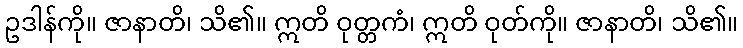
ဥဒါန်ကို။ ဇာနာတိ၊ သိ၏။ ဣတိ ဝုတ္တကံ၊ ဣတိ ဝုတ်ကို။ ဇာနာတိ၊ သိ၏။